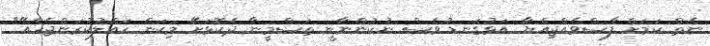
ނެތް ކަމަށް ފާސްވެއްޖިއްޔާ އަޅުގަނޑު ވެސް ނުކުންނާނީ ތަސްމީނާ ދެކޮޅަށޭ މިކަން ހައްލުކުރަންޖެހެއޭ"